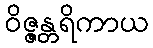
ဝိဇ္ဇန္တရိကာယ